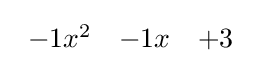
{\begin{array}{rrr}-1x^{2}&-1x&+3\end{array}}